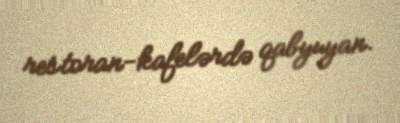
restoran-kafelərdə qabyuyan.